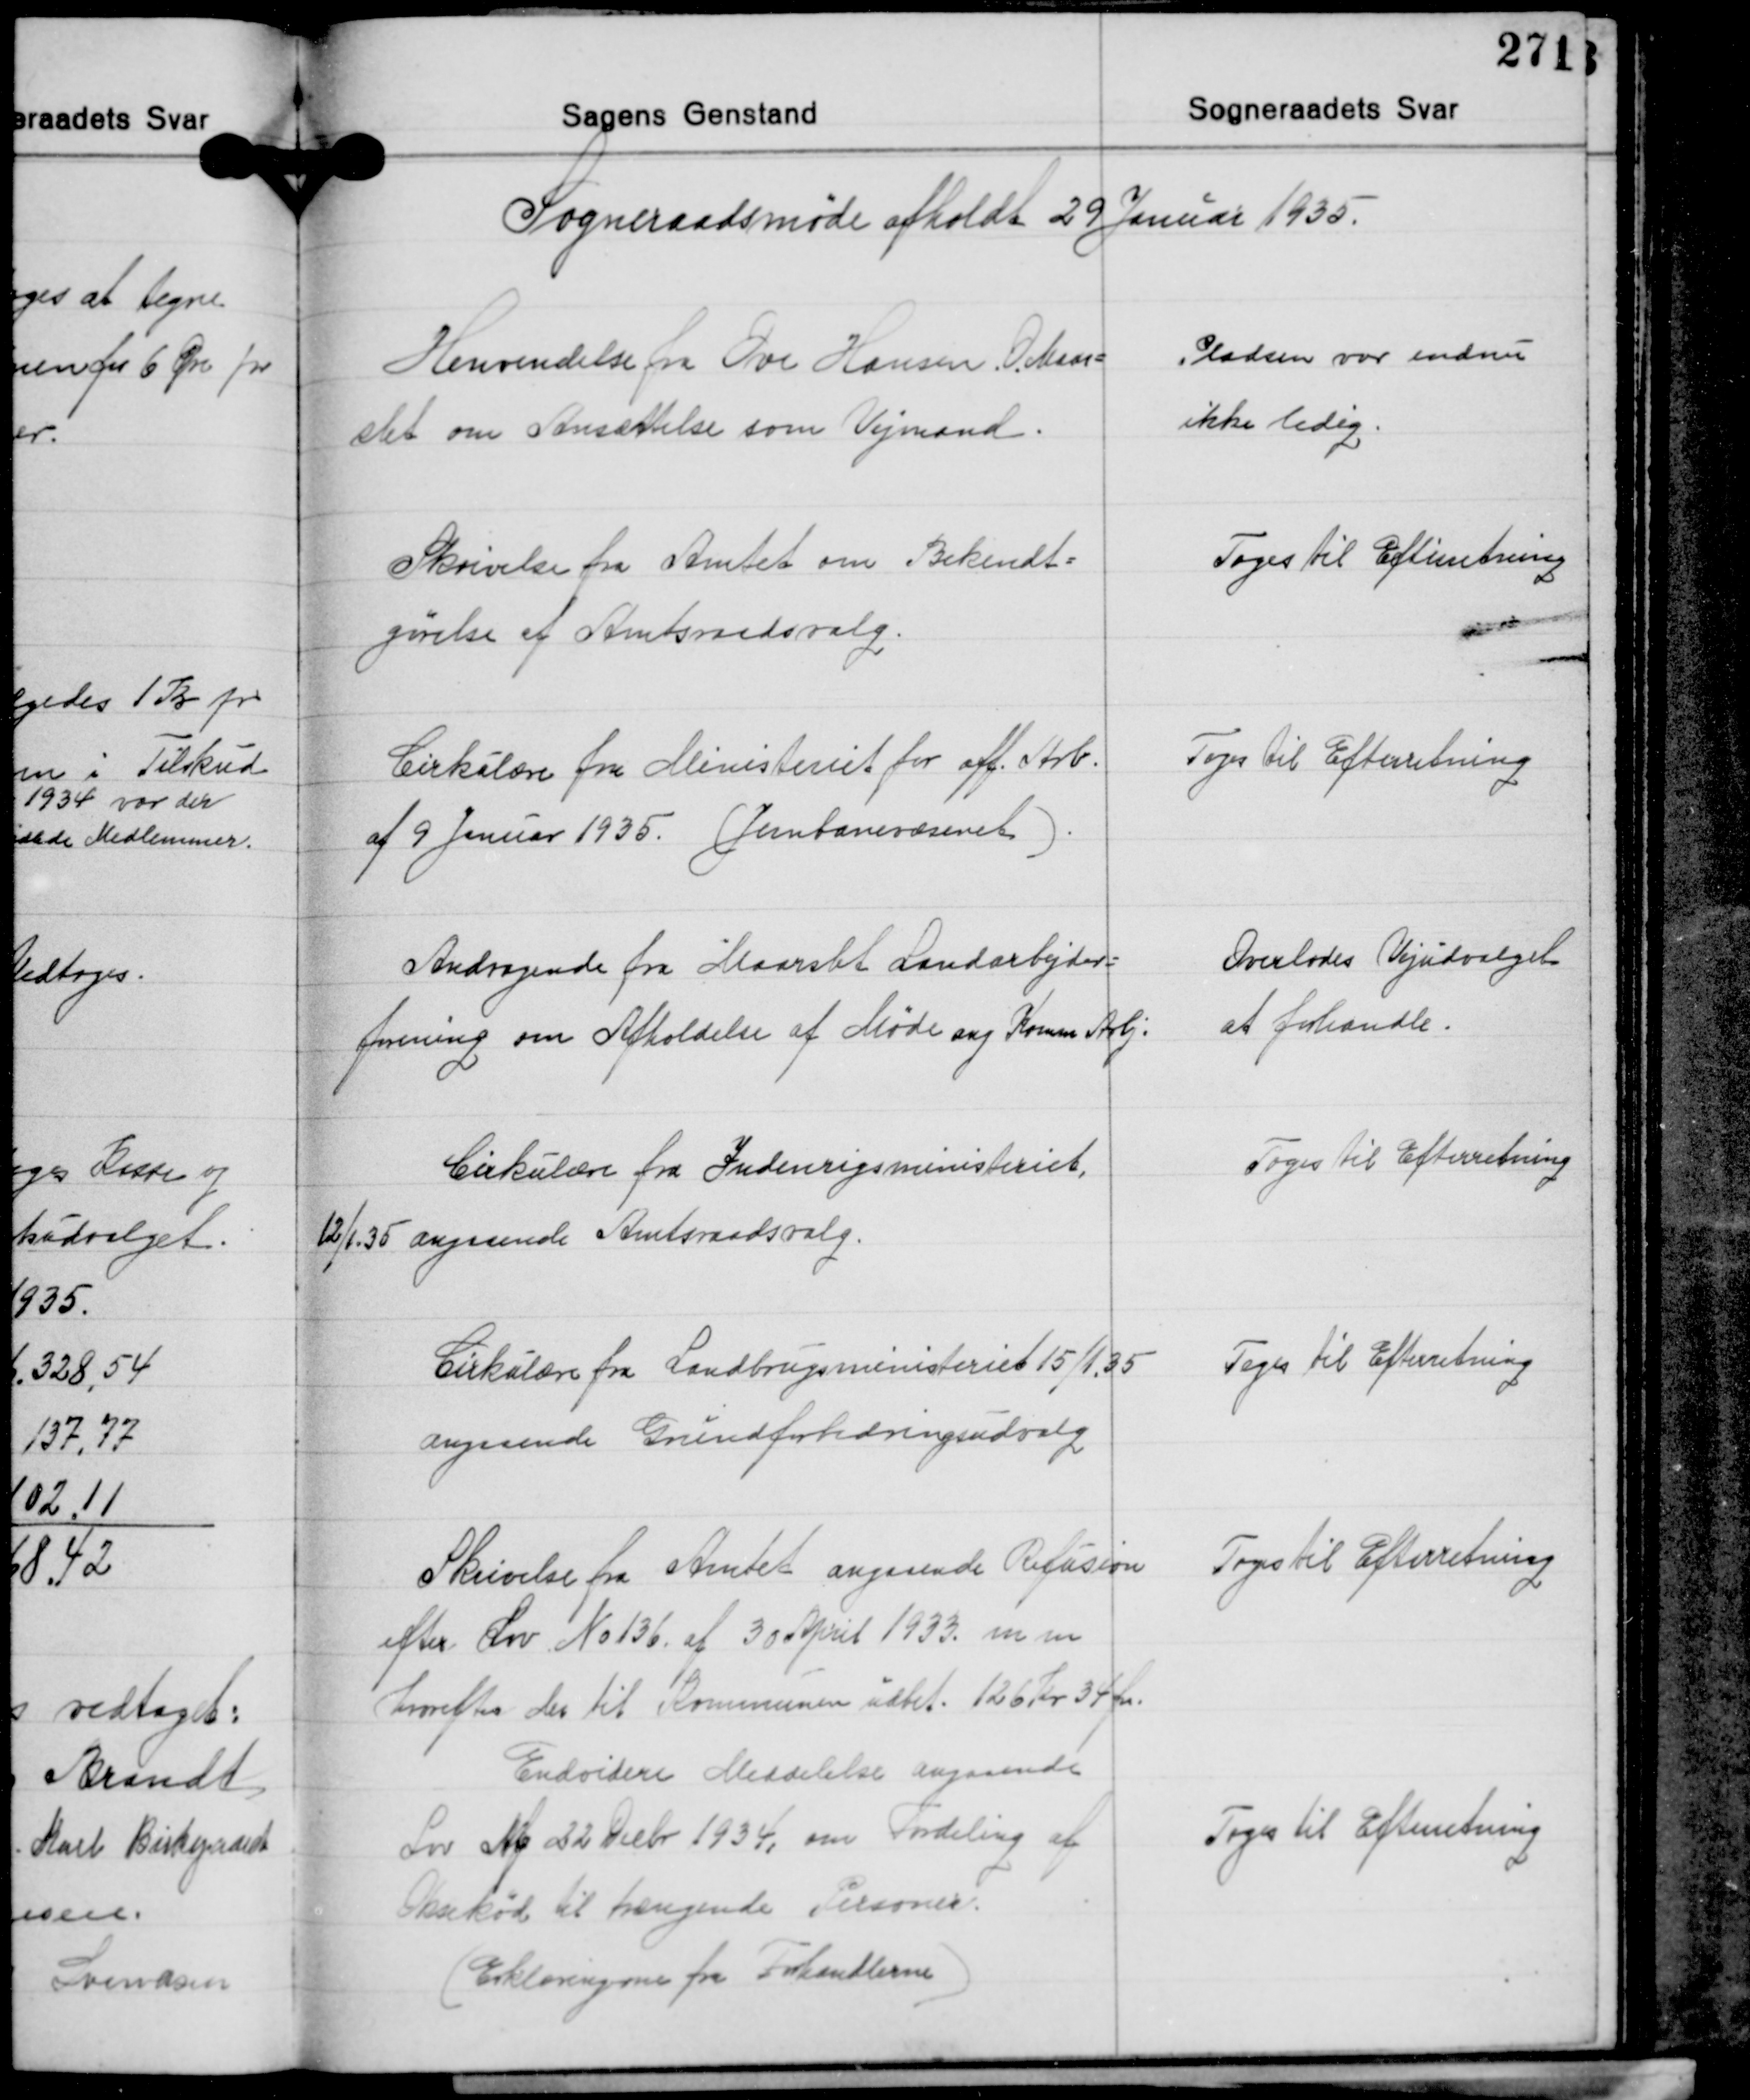
Transskription:
Sogneraadsmøde afholdt 29 Januar 1935.

Henvendelse fra Ove Hansen. O. Maar-
slet om Ansættelse som Vejmand.

Pladsen var endnu
ikke ledig.

Skrivelse fra Amtet om Bekendt-
gørelse af Amtsraadsvalg.

Toges til Efterretning

Cirkulære fra Ministeriet for off. Arb.
af 9 Januar 1935. (Jerbanevæsenet).

Toges Til Efterretning

Andragende fra Maarslet Landarbejder-
forening om Afholdelse af Møde ang. Komm. Arbj.

Overlodes Vejudvalget
at forhandle.

Cirkulære fra Indenrigsministeriet,
12/1. 35 angaaende Amtsraadsvalg.

Toges til Efterretning

Cirkulære fra Landbrugsministeriet 15/1 35
angaaende Grundforbedringsudvalg

Toges til Efterretning

Skrivelse fra Amtet angaaende Refusion
efter Lov No 136. af 30 April 1933. m. m.
hvorefter der til Kommunen udbet. 126 Kr 34 Øre.

Toges til Efterretning

Endvidere Meddelelse angaaende
Lov af 22 Decbr. 1934, om Fordeling af
Oksekød til trængende Personer.
(Erklæringrne fra Forhandlerne)

Toges til Efterretning